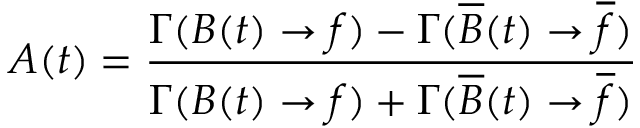
{ \cal A } ( t ) = \frac { \Gamma ( B ( t ) \to f ) - \Gamma ( \overline { { B } } ( t ) \to \overline { { { f } } } ) } { \Gamma ( B ( t ) \to f ) + \Gamma ( \overline { { B } } ( t ) \to \overline { { { f } } } ) }